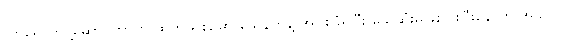
လာရောက်ပို့ဆောင်တာကို ထွက်ယူစဉ်မှာ သေနတ်နဲ့ အပစ်ခံရပြီး သေဆုံးမှုဖြစ်ပွါးပြီးနောက် အခုလို